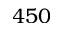
4 5 0